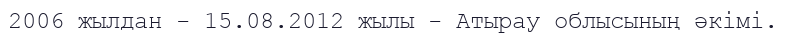
2006 жылдан - 15.08.2012 жылы - Атырау облысының әкімі.